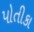
પોતીકા